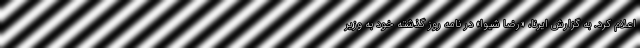
اعلام کرد. به گزارش ایرنا، «رضا شیوا» در نامه روز گذشته خود به وزیر